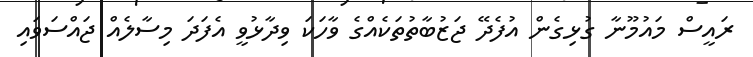
ރައީސް މައުމޫނާ ގުޅިގެން އުފެދޭ ޖަޒުބާތުތަކެއްގެ ވާހަކަ ވިދާޅުވީ އެފަދަ މިސާލެއް ޖައްސަވައި